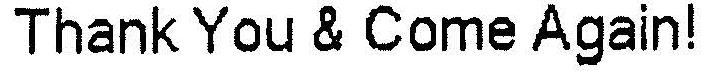
THANK YOU & COME AGAIN!